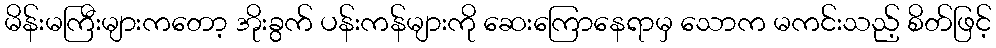
မိန်းမကြီးများကတော့ အိုးခွက် ပန်းကန်များကို ဆေးကြောနေရာမှ သောက မကင်းသည့် စိတ်ဖြင့်